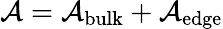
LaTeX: {\cal A}={\cal A}_{\mathrm{bulk}}+{\cal A}_{\mathrm{edge}}